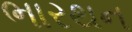
ભારથન